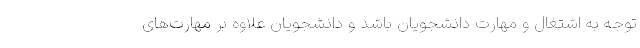
توجه به اشتغال و مهارت دانشجویان باشد و دانشجویان علاوه بر مهارت‌های